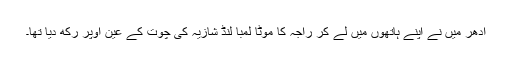
ادھر میں نے اپنے ہاتھوں میں لے کر راجہ کا موٹا لمبا لنڈ شازیہ کی چوت کے عین اوپر رکھ دیا تھا۔